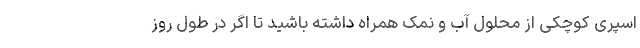
اسپری کوچکی از محلول آب و نمک همراه داشته باشید تا اگر در طول روز